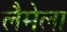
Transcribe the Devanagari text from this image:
लैमेला